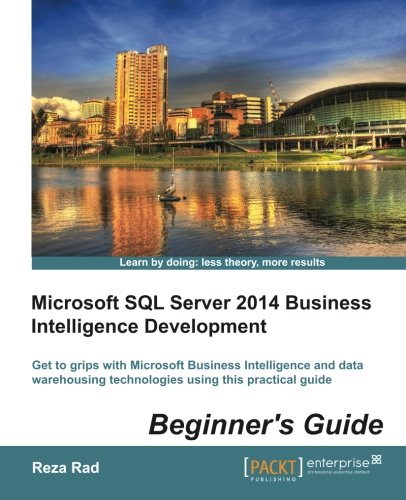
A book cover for Microsoft SQL Server 2014 Business Intelligence Development Beginners Guide; Reza Rad; Computers & Technology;